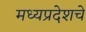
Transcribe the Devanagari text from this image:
मध्यप्रदेशचे